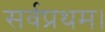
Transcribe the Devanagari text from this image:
सर्वप्रथम।